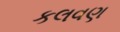
કલવણ